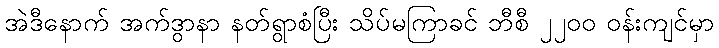
အဲဒီနောက် အက်ဒွာနာ နတ်ရွာစံပြီး သိပ်မကြာခင် ဘီစီ ၂၂၀၀ ဝန်းကျင်မှာ